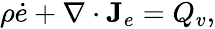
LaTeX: \begin{array}{r}{\rho\dot{e}+\nabla\cdot\mathbf J_{e}=Q_{v},}\end{array}